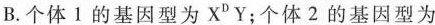
B.个体1的基因型为X^{D}Y；个体2的基因型为